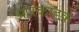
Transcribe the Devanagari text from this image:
आरकाइक